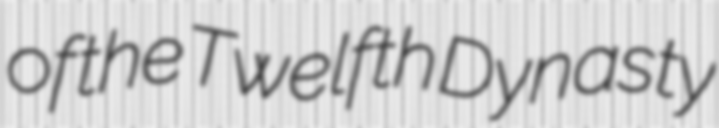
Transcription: of the Twelfth Dynasty